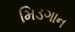
મિડગાન